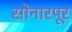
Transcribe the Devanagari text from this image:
सोनारपूर